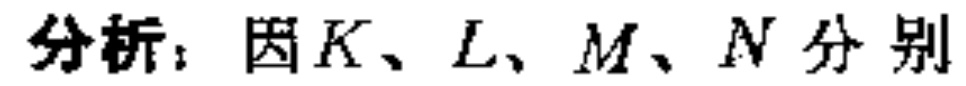
分析：因\(K、L、M、N\)分别